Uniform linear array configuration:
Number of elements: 4
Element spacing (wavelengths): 0.25
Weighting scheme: hann
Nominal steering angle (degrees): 60
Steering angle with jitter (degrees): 59.915
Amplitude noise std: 0.05
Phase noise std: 0.05

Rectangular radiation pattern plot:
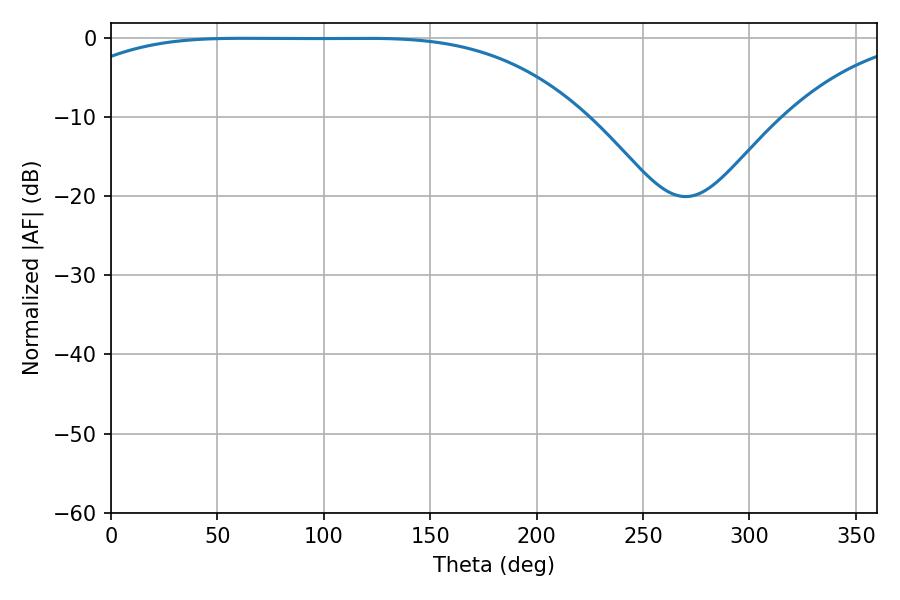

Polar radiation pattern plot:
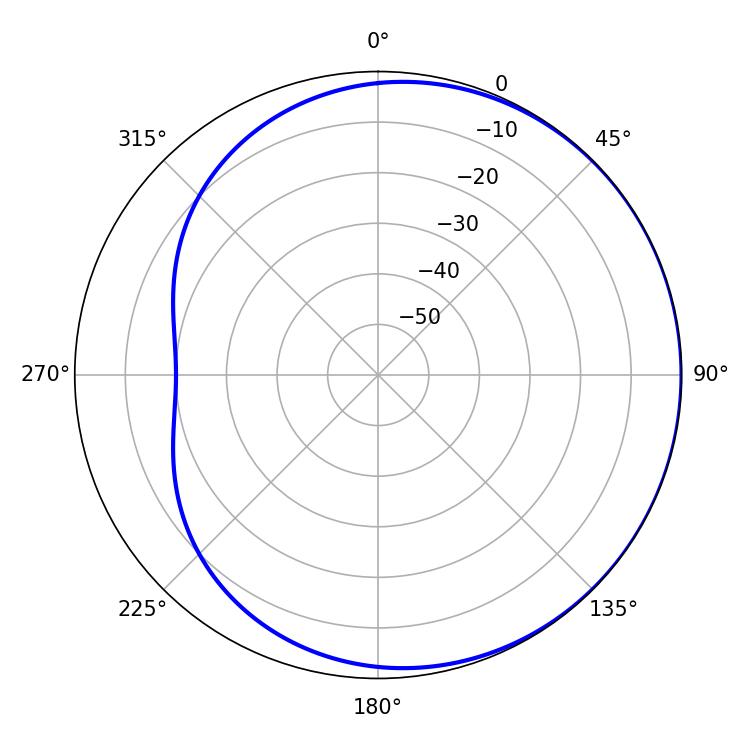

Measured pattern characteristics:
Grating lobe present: FALSE
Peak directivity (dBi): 0.584
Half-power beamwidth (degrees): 186.66
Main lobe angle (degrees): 62.1